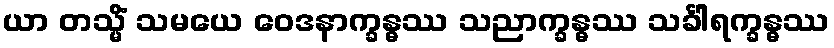
ယာ တသ္မိံ သမယေ ဝေဒနာက္ခန္ဓဿ သညာက္ခန္ဓဿ သင်္ခါရက္ခန္ဓဿ